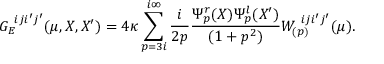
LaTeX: G _ { E } ^ { \ i j i ^ { \prime } j ^ { \prime } } ( \mu , X , X ^ { \prime } ) = 4 \kappa \sum _ { p = 3 i } ^ { i \infty } \frac { i } { 2 p } \frac { \Psi _ { p } ^ { r } ( X ) \Psi _ { p } ^ { l } ( X ^ { \prime } ) } { ( 1 + p ^ { 2 } ) } W _ { ( p ) } ^ { \ i j i ^ { \prime } j ^ { \prime } } ( \mu ) .